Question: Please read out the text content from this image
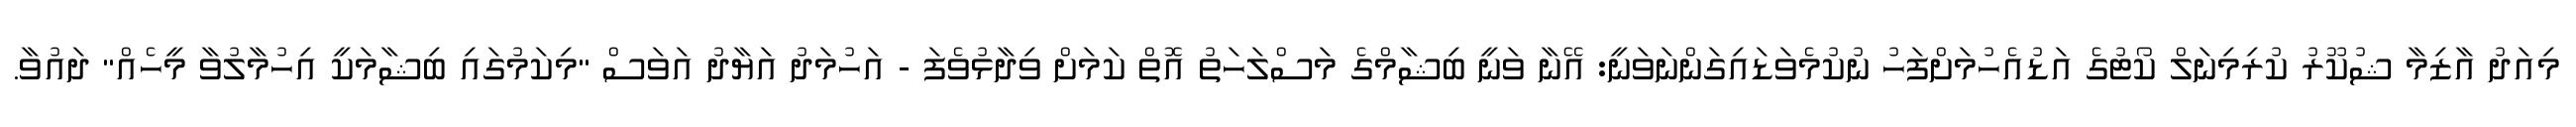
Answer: މިއަދު އާޒިމާ ޝުކޫރު ކުރިމިނަލް ކޯޓުގެ އަޑުއެހުމަށްފަހު ނުކުމެވަޑައިގަންނަވަނީ: އޭނާ ވަނީ ބިޝާމްގެ މަސްލަހަތު އޮތް ކަމަށް ވިދާޅުވެފަ - އަހުމަދު އަޔާދު އަވަސް "މިކަމުގައި ބިޝާމަކީ އިހުމާލުވާ މީހެއް" ދައުވާ.